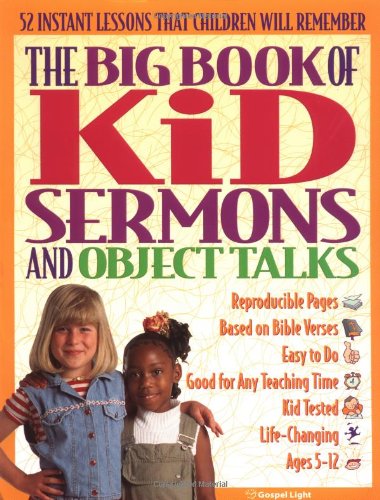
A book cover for The Big Book of Kids Sermons and Object Talks: 52 object talks for ages 5EE12; use simple objects to bring home Bible truths in engaging ways (Big Books); Gospel Light; Christian Books & Bibles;